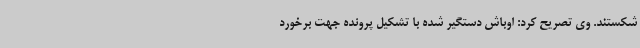
شکستند. وی تصریح کرد: اوباش دستگیر شده با تشکیل پرونده جهت برخورد